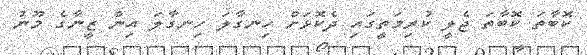
ކޮބާތަ ކޮބާތަ ޖެލީ ކުރިމަތީގައި ދެކޮޅަށް ހިނގާލަ ހިނގާލަ އިން ޒީނާގެ މޫނު